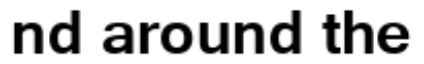
nd around the